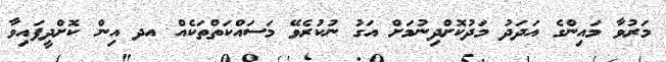
މަރުވާ މައިންގެ އަދަދު މަދުކޮށްދިނުމަށް އަގު ނުކުރެވޭ މަސައްކަތްތަކެއް އދ އިން ކޮށްދީފައިވާ